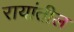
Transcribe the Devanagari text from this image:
रायांतील